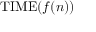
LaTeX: \mathrm { T I M E } ( f ( n ) )